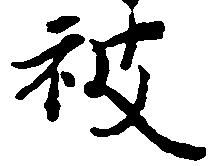
被